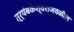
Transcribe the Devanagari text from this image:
त्र्यंबकेश्वराजवळील